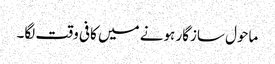
ماحول سازگار ہونے میں کافی وقت لگا۔